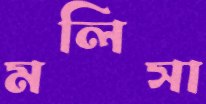
মলিসা